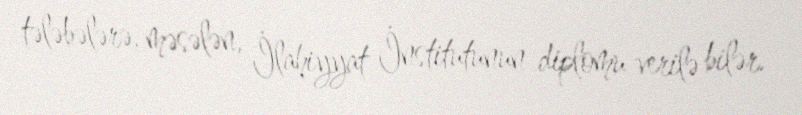
tələbələrə, məsələn, İlahiyyat İnstitutunun diplomu verilə bilər.